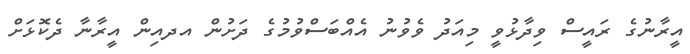
އީރާނުގެ ރައީސް ވިދާޅުވީ މިއަދު ވެވުނު އެއްބަސްވުމުގެ ދަށުން އދއިން އީރާނާ ދެކޮޅަށް